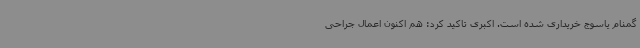
گمنام یاسوج خریداری شده است. اکبری تاکید کرد: هم اکنون اعمال جراحی